Annual returns of the Patna Lunatic Asylum at Bankipore in Bihar and Orissa - 1912-1924
Year: 1912
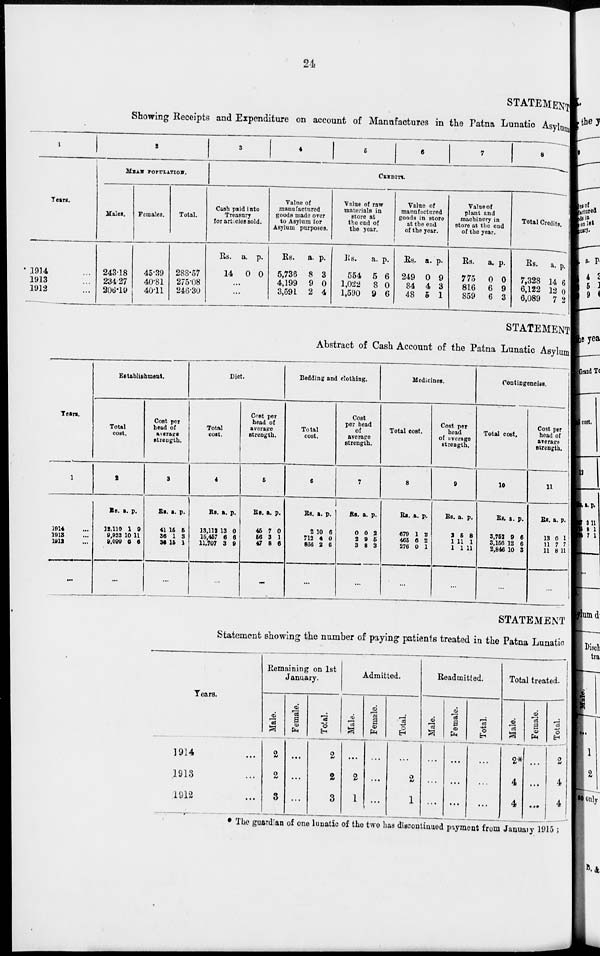
24
STATEMENT
Showing Receipts and Expenditure on account of Manufactures in the Patna Lunatic Asylum
1
Years.
1914 ...
1913 ...
1912 ...
2
MEAN POPULATION.
Males.
243.18
234.27
206.19
Females.
45.39
40.81
40.11
Total.
288.57
275.08
246.30
3
4
5
6
7
8
CREDITS.
Cash paid into
Treasury
for articles sold.
Rs.
14
a.
0
p.
0
...
...
Value of
manufactured
goods made over
to Asylum for
Asylum purposes.
Rs.
5,736
4,199
3,591
a.
8
9
2
p.
3
0
4
Value of raw
materials in
store at
the end of
the year.
Rs.
554
1,022
1,590
a.
5
8
9
p.
6
0
6
Value of
manufactured
goods in store
at the end
of the year.
Rs.
249
84
48
a.
0
4
5
p.
9
3
1
Value of
plant and
machinery in
store at the end
of the year.
Rs.
775
816
859
a.
0
6
6
p.
0
9
3
Total Credits.
Rs.
7,328
6,122
6,089
a.
14
12
7
p.
6
0
2
STATEMENT
Abstract of Cash Account of the Patna Lunatic Asylum
Years.
1
1914 ...
1913 ...
1912 ...
...
Establishment.
Total
cost.
2
Rs.
12,110
9,933
9,099
a.
1
10
6
p.
9
11
6
...
Cost per
head of
average
strength.
3
Rs.
41
36
35
a.
15
1
16
p.
5
3
1
...
Diet.
Total
cost.
4
Rs.
13,112
15,457
11,707
a.
13
6
3
p.
0
6
9
...
Cost per
head of
average
strength.
5
Rs.
45
56
47
a.
7
3
8
p.
0
1
6
...
Bedding and clothing.
Total
cost.
6
Rs.
2
712
866
a.
10
4
2
p.
6
0
6
...
Cost
per head
of
average
strength.
7
Rs.
0
2
3
a.
0
9
8
p.
2
5
3
...
Medicines.
Total cost.
8
Rs.
679
465
276
a.
1
6
0
p.
2
2
1
...
Cost per
head
of average
strength.
9
Rs.
2
1
1
a.
5
11
1
p.
8
1
11
...
Contingencies.
Total cost.
10
Rs.
3,752
3,156
2,846
a.
9
12
10
p.
6
6
3
...
Cost per
head of
average
strength.
11
Rs.
13
11
11
a.
0
7
8
p.
1
7
11
...
STATEMENT
Statement showing the number of paying patients treated in the Patna Lunatic
Years.
1914 ...
1913 ...
1912 ...
Remaining on 1st
January.
Male.
2
2
3
Female.
...
...
...
Total.
2
2
3
Admitted.
Male.
...
2
1
Female.
...
...
...
Total.
...
2
1
Readmitted.
Male.
....
...
...
Female.
...
...
...
Total.
...
...
...
Total treated.
Male.
2*
4
4
Female.
...
...
...
Total.
2
4
4
The guardian of one lunatic of the two has discontinued payment from January 1915 ;